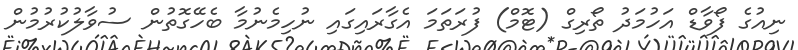
ނިއުގެ ފޯވާޑް އަހުމަދު ތޯރިގް (ޓޮމް) ފުރަތަމަ އެގާރައިގައި ނުހިމެނުމާ ބެހޭގޮތުން ސުވާލުކުރުމުން